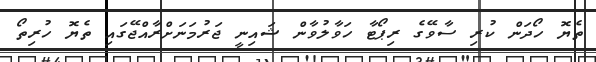
ތެޔޮ ހޯދަން ކުރި ސާވޭގެ ރިޕޯޓާ ހަވާލުވާން ޝައިނީ ޖަރުމަނަށްރާއްޖޭގައި ތެޔޮ ހުރިތޯ